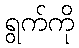
ရွက်ကို